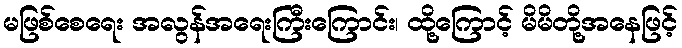
မဖြစ်စေရေး အလွန်အရေးကြီးကြောင်း၊ ထို့ကြောင့် မိမိတို့အနေဖြင့်